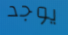
يوجد